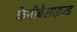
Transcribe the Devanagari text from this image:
केनीबैलाइज्ड